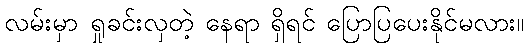
လမ်းမှာ ရှုခင်းလှတဲ့ နေရာ ရှိရင် ပြောပြပေးနိုင်မလား။